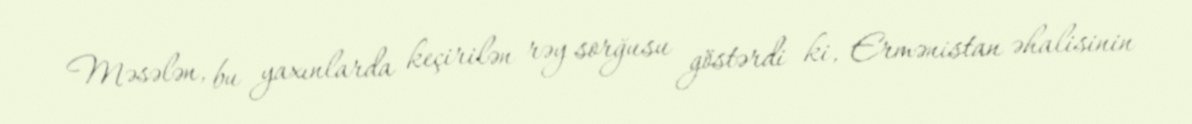
Məsələn, bu yaxınlarda keçirilən rəy sorğusu göstərdi ki, Ermənistan əhalisinin